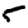
Digit: 5